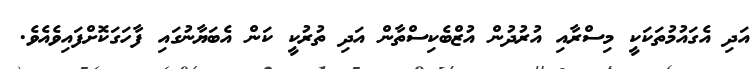
އަދި އެގައުމުތަކަކީ މިސްރާއި އުރުދުން އުޒްބެކިސްތާން އަދި ތުރުކީ ކަން އެބަޔާނުގައި ފާހަގަކޮށްފައިވެއެވެ.